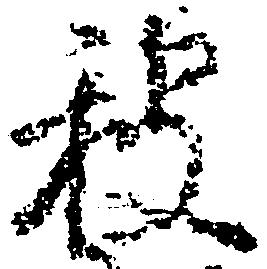
被